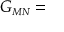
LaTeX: { \cal G } _ { \scriptscriptstyle M N } =